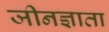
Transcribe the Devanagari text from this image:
जीनज्ञाता